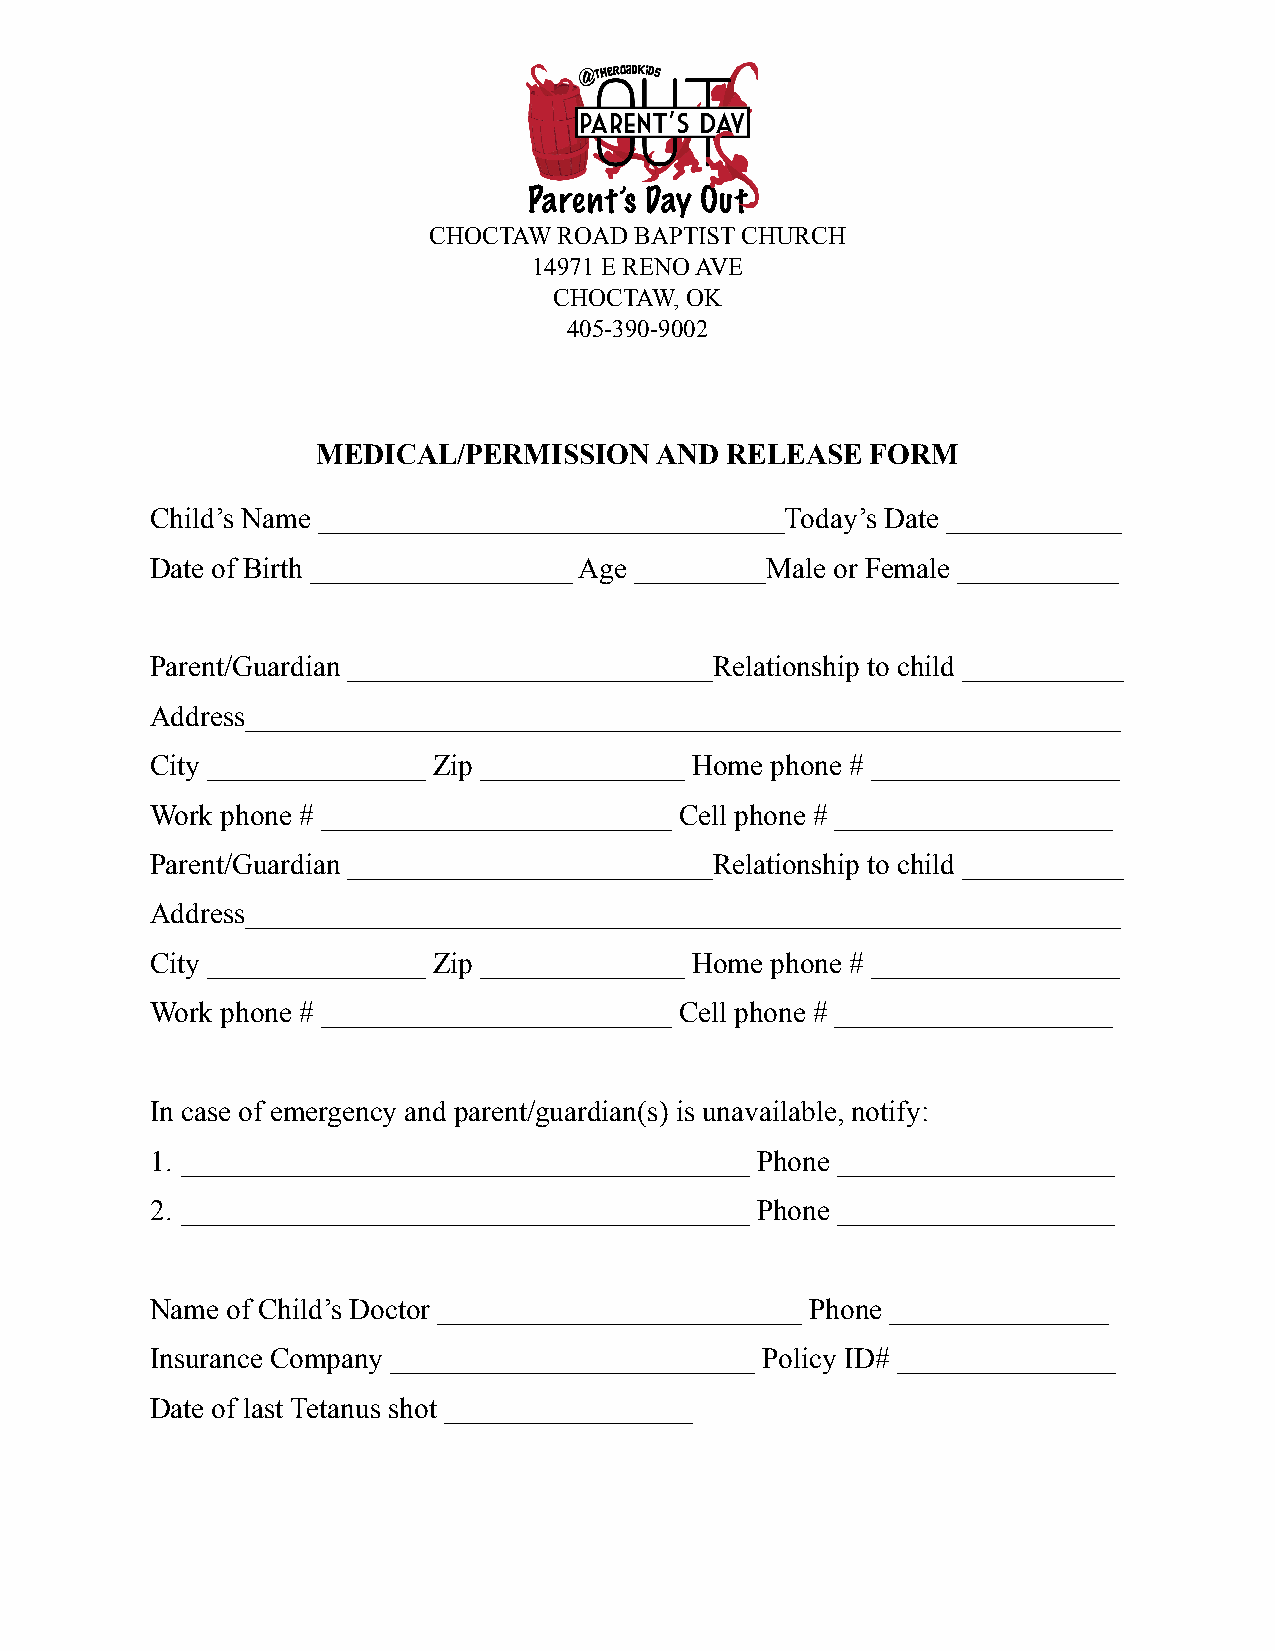
Parent’s Day Out
 CHOCTAW  ROAD BAPTIST CHURCH
 14971 E RENO AVE
 CHOCTAW, OK
 405-390-9002
 MEDICAL/PERMISSION    AND  RELEASE   FORM
 Child’s Name ________________________________Today’s Date ____________
 Date of Birth __________________ Age _________Male or Female ___________
 Parent/Guardian _________________________Relationship to child ___________
 Address____________________________________________________________
 City _______________ Zip ______________ Home phone # _________________
 Work phone # ________________________ Cell phone # ___________________
 Parent/Guardian _________________________Relationship to child ___________
 Address____________________________________________________________
 City _______________ Zip ______________ Home phone # _________________
 Work phone # ________________________ Cell phone # ___________________
 In case of emergency and parent/guardian(s) is unavailable, notify:
 1. _______________________________________ Phone ___________________
 2. _______________________________________ Phone ___________________
 Name of Child’s Doctor _________________________ Phone _______________
 Insurance Company _________________________ Policy ID# _______________
 Date of last Tetanus shot _________________